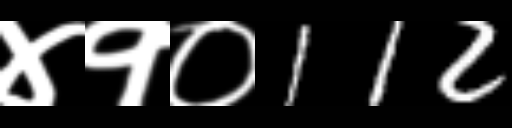
Text: ४१०112